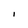
Character: I